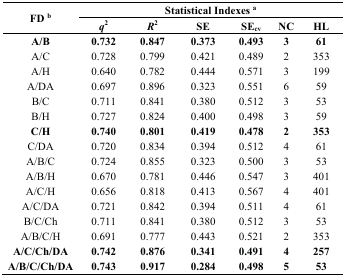
| <ROWSPAN=2> FD b | <COLSPAN=6> Statistical Indexes a |
 | q2 | R2 | SE | SEcv | NC | HL |
 | --- | --- | --- | --- | --- | --- | --- |
 | A/B | 0.732 | 0.847 | 0.373 | 0.493 | 3 | 61 |
 | A/C | 0.728 | 0.799 | 0.421 | 0.489 | 2 | 353 |
 | A/H | 0.640 | 0.782 | 0.444 | 0.571 | 3 | 199 |
 | A/DA | 0.697 | 0.896 | 0.323 | 0.551 | 6 | 59 |
 | B/C | 0.711 | 0.841 | 0.380 | 0.512 | 3 | 53 |
 | B/H | 0.727 | 0.824 | 0.400 | 0.498 | 3 | 59 |
 | C/H | 0.740 | 0.801 | 0.419 | 0.478 | 2 | 353 |
 | C/DA | 0.720 | 0.834 | 0.394 | 0.512 | 4 | 61 |
 | A/B/C | 0.724 | 0.855 | 0.323 | 0.500 | 3 | 53 |
 | A/B/H | 0.670 | 0.781 | 0.446 | 0.547 | 3 | 401 |
 | A/C/H | 0.656 | 0.818 | 0.413 | 0.567 | 4 | 401 |
 | A/C/DA | 0.721 | 0.842 | 0.394 | 0.511 | 4 | 61 |
 | B/C/Ch | 0.711 | 0.841 | 0.380 | 0.512 | 3 | 53 |
 | A/B/C/H | 0.691 | 0.777 | 0.443 | 0.521 | 2 | 353 |
 | A/C/Ch/DA | 0.742 | 0.876 | 0.341 | 0.491 | 4 | 257 |
 | A/B/C/Ch/DA | 0.743 | 0.917 | 0.284 | 0.498 | 5 | 53 |